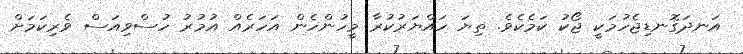
އަނދަގޮނޑިޖެހުމަކީ ޖޯކު ކަމެކެވެ. ތިޔަ ހައްޔަރުކުރާ މީހުންހެން އަހަރެއް އުމުރު ހުސްވިއަސް ވެރިކަމަށް